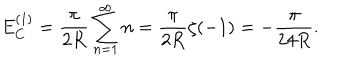
E _ { C } ^ { ( 1 ) } = \frac { \pi } { 2 R } \sum _ { n = 1 } ^ { \infty } n = \frac { \pi } { 2 R } \zeta ( - 1 ) = - \frac { \pi } { 2 4 R } .